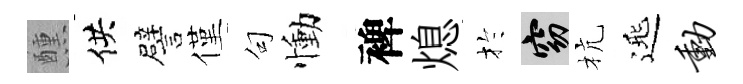
醺供譬僅句慟裨熄扵窈杭𨓱动